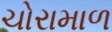
ચોરામાળ